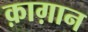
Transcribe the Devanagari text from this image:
क़ाग़ान